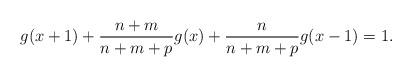
LaTeX: \begin{align*}g(x+1)+\frac{n+m}{n+m+p}g(x)+\frac{n}{n+m+p}g(x-1)=1.\end{align*}